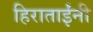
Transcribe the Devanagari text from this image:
हिराताईंनी